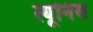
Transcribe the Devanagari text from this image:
त्यूनिस